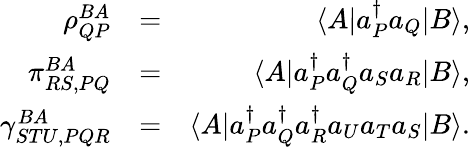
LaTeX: \begin{array}{rlr}{\rho_{QP}^{BA}}&{=}&{\langle A|a_{P}^{\dagger}a_{Q}|B\rangle,}\\ {\pi_{RS,PQ}^{BA}}&{=}&{\langle A|a_{P}^{\dagger}a_{Q}^{\dagger}a_{S}a_{R}|B\rangle,}\\ {\gamma_{STU,PQR}^{BA}}&{=}&{\langle A|a_{P}^{\dagger}a_{Q}^{\dagger}a_{R}^{\dagger}a_{U}a_{T}a_{S}|B\rangle.}\end{array}